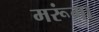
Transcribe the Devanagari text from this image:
मरूंगा